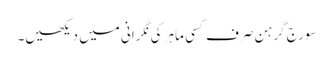
سورج گرہن صرف کسی ماہر کی نگرانی میں دیکھیں۔